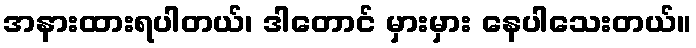
အနားထားရပါတယ်၊ ဒါတောင် မှားမှား နေပါသေးတယ်။